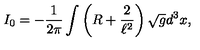
I _ { 0 } = - \frac { 1 } { 2 \pi } \int \left( R + \frac { 2 } { \ell ^ { 2 } } \right) \sqrt { g } d ^ { 3 } x ,